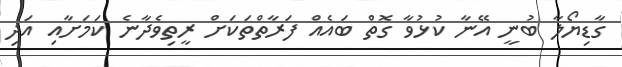
ގާޑިޔޯލާ ބުނީ އޭނާ ކުޅުވާ ގޮތް ބައެއް ފަރާތްތަކަށް ރީތިވެދާނެ ކަމަށާއި އަދި